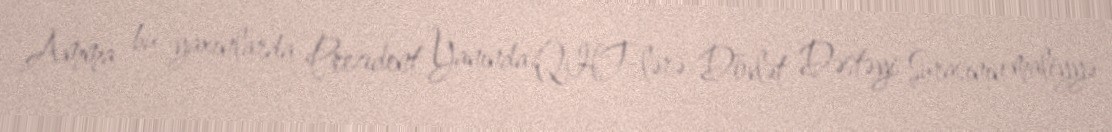
Amma bu yaxınlarda Prezident Yanında QHT-lərə Dövlət Dəstəyi Şurasının maliyyə